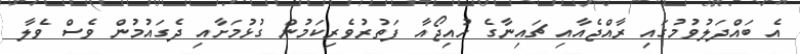
އެ ބައްދަލުވުމުގައި ރާއްޖެއާއި ޗައިނާގެ ހުއިޖޯއާ ފަތުރުވެރިކަމުން ގުޅުމަށާއި ދެގައުމުން ވެސް ވެލާ